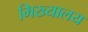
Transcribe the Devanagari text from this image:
मिख्यालय